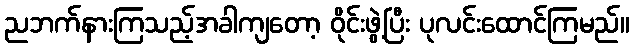
ညဘက်နားကြသည့်အခါကျတော့ ဝိုင်းဖွဲ့ပြီး ပုလင်းထောင်ကြမည်။